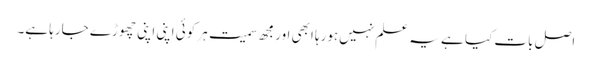
اصل بات کیا ہے یہ علم نہیں‌ہورہا ابھی اور مجھ سمیت ہر کوئی اپنی اپنی چھوڑے جارہا ہے۔